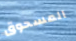
المسحوق